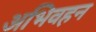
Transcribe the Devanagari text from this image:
अभिवहन